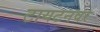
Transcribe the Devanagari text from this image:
टायटनवर